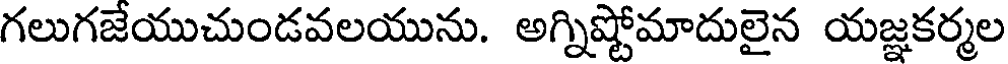
గలుగజేయుచుండవలయును. అగ్నిష్టోమాదులైన యజ్ఞకర్మల